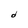
Character: d